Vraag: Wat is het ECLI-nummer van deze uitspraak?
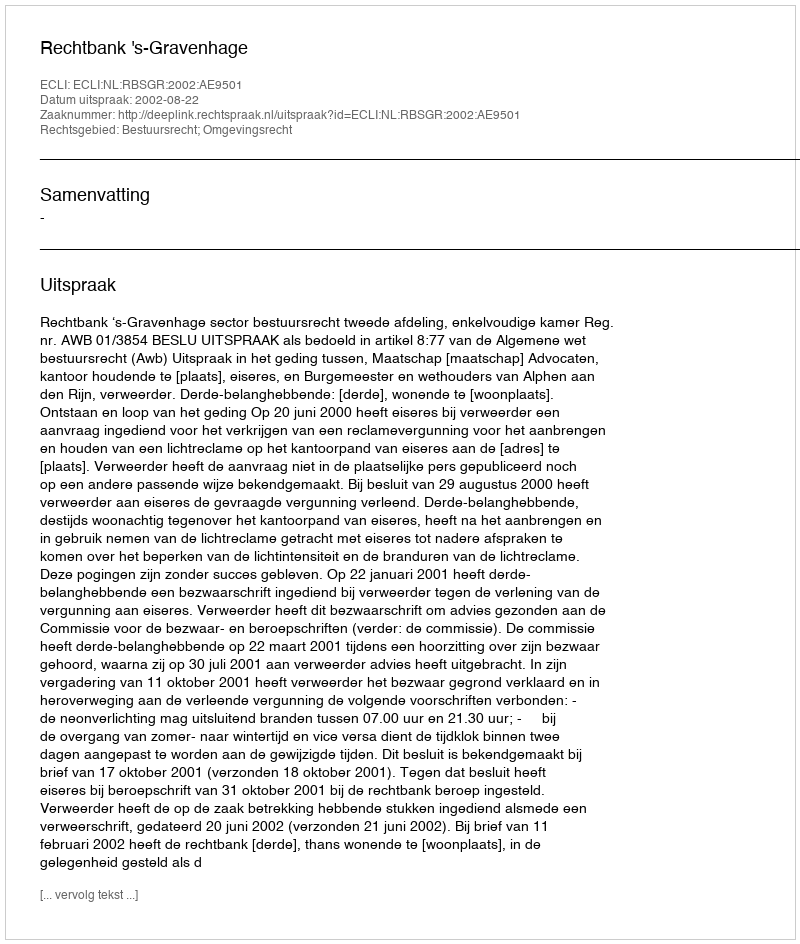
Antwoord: ECLI:NL:RBSGR:2002:AE9501